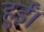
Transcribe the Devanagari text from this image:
हुर्ईं।